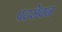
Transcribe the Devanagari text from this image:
पदसेवन